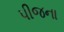
પીજના